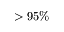
> 9 5 \%